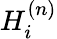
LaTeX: H_{i}^{(n)}